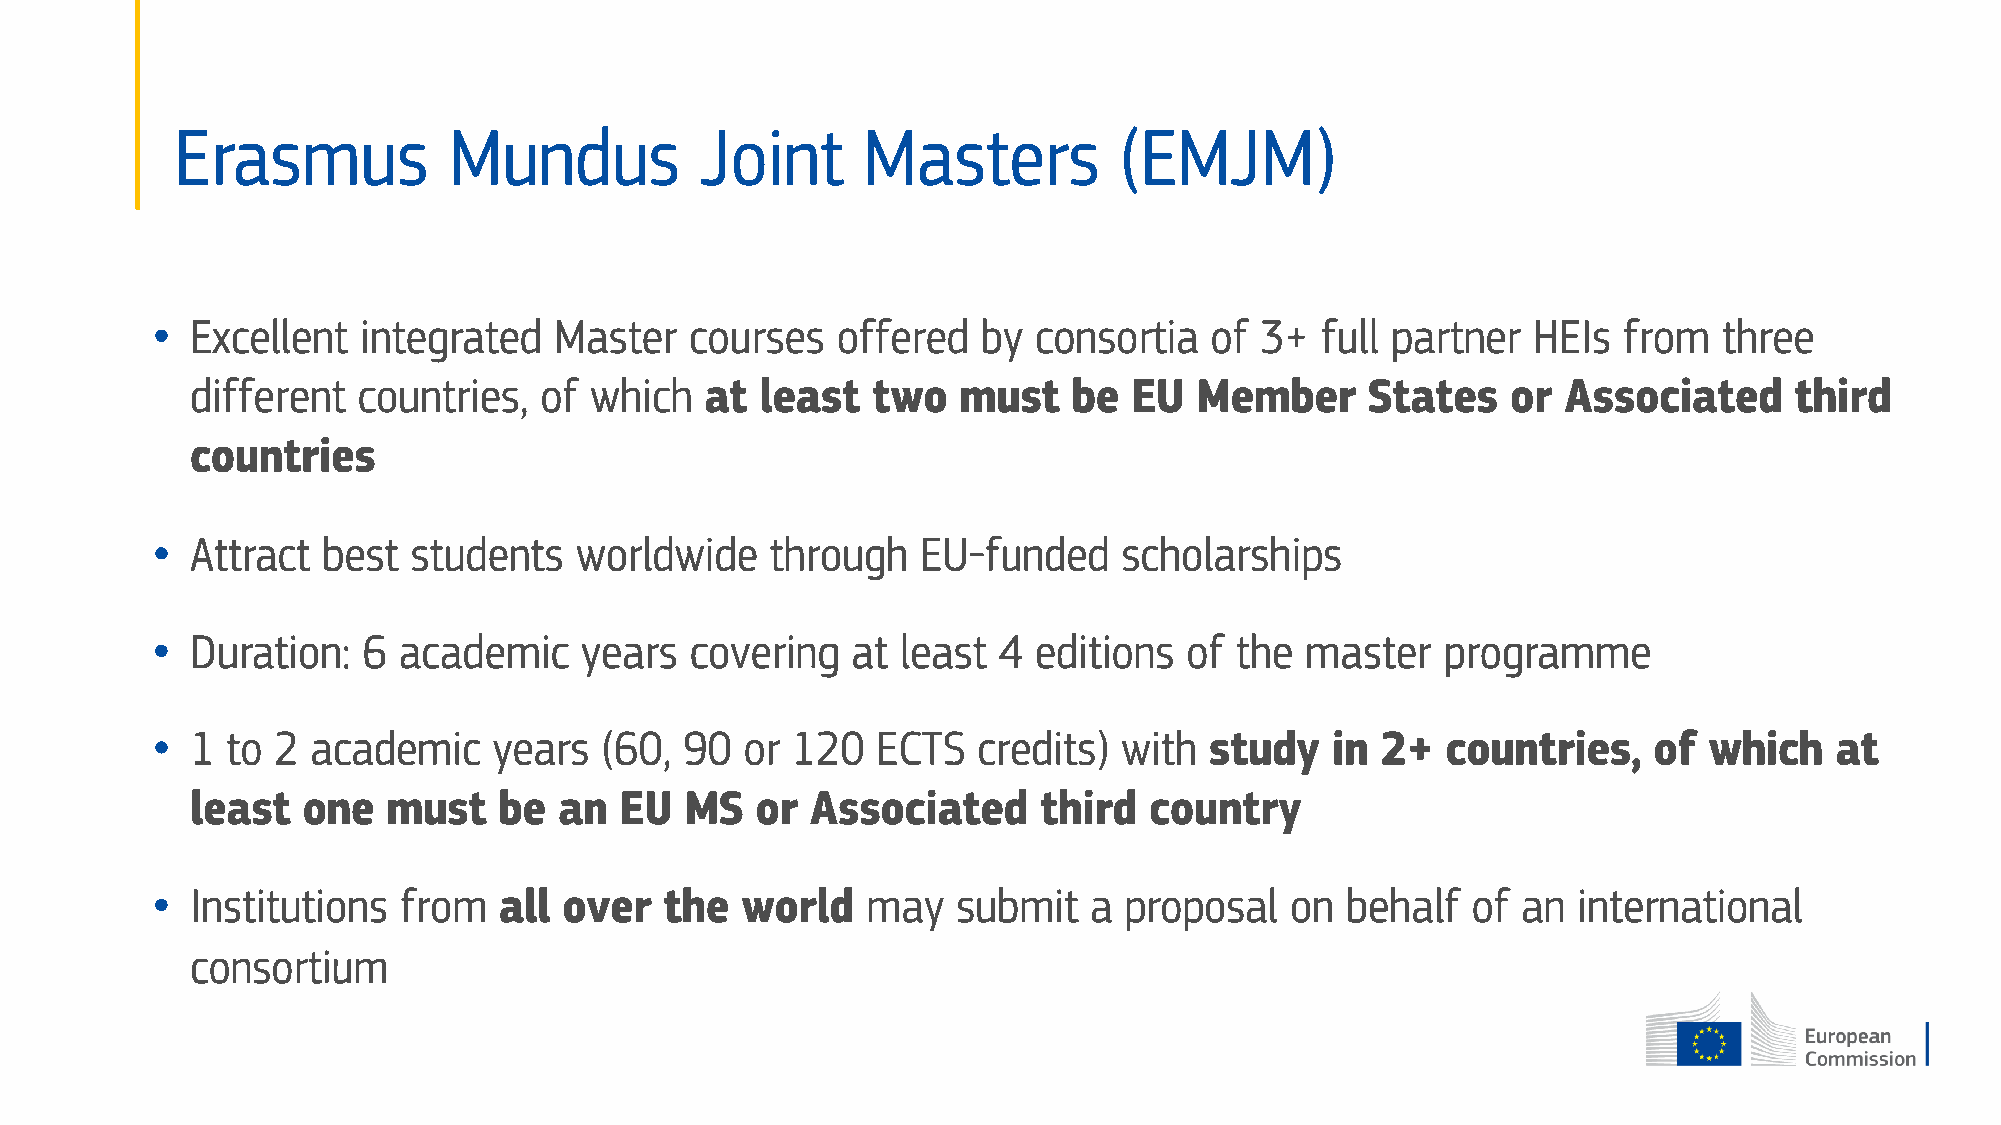
Erasmus           Mundus          Joint      Masters          (EMJM)
 •  Excellent  integrated   Master   courses  offered   by consortia   of 3+  full partner  HEIs  from   three
 different  countries,  of which   at least   two   must   be  EU  Member      States   or  Associated     third
 countries
 •  Attract best  students   worldwide    through   EU-funded    scholarships
 •  Duration:  6 academic    years   covering  at  least 4 editions   of the master    programme
 •  1 to 2  academic    years  (60, 90  or 120   ECTS   credits) with  study   in 2+   countries,   of  which   at
 least  one   must   be  an  EU  MS   or  Associated     third  country
 •  Institutions from   all over   the  world   may   submit   a proposal   on  behalf  of  an international
 consortium